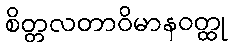
စိတ္တလတာဝိမာနဝတ္ထု